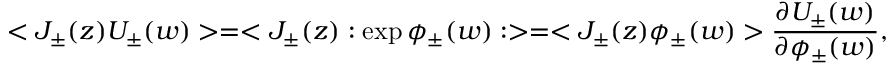
< J _ { \pm } ( z ) U _ { \pm } ( w ) > = < J _ { \pm } ( z ) : \exp \phi _ { \pm } ( w ) : > = < J _ { \pm } ( z ) \phi _ { \pm } ( w ) > \frac { \partial U _ { \pm } ( w ) } { \partial \phi _ { \pm } ( w ) } ,